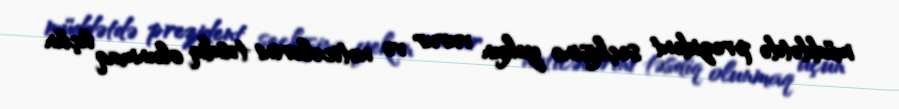
müddətdə prezident seçkisinə yekun vurur və nəticələrini təsdiq olunmaq üçün